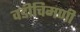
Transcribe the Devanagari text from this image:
वडीचिमणी